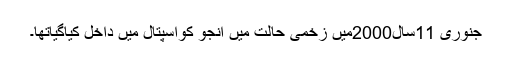
جنوری 11سال2000میں زخمی حالت میں انجو کواسپتال میں داخل کیاگیاتھا۔